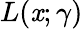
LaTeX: L(\mathit{x};\gamma)